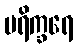
ပရိက္ခရေ